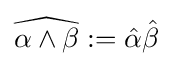
{\widehat {\alpha \wedge \beta }}:={\hat {\alpha }}{\hat {\beta }}